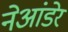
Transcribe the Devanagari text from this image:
नेआंडेर